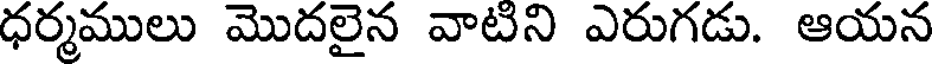
ధర్మములు మొదలైన వాటని ఎరుగడు. ఆయన